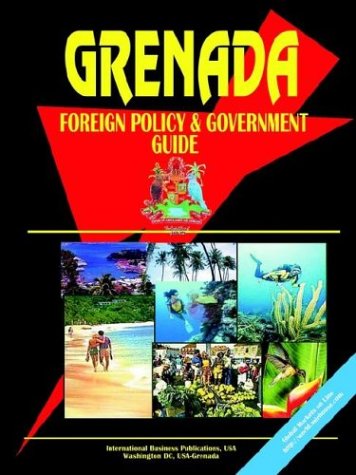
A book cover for Grenada Foreign Policy and Government Guide; Ibp Usa; Travel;